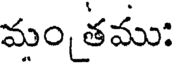
మం తము: